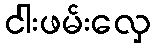
ငါးဖမ်းလှေ